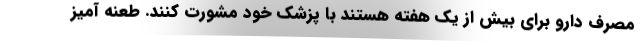
مصرف دارو برای بیش از یک هفته هستند با پزشک خود مشورت کنند. طعنه آمیز